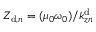
Z _ { \mathrm { d } , { n } } = ( \mu _ { 0 } \omega _ { 0 } ) / k _ { z n } ^ { \mathrm { d } }